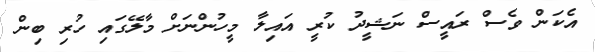
އެކަން ވެސް ރައީސް ނަޝީދު ކުރީ އައިލާ މީހުންނަށް މާލޭގައި ހުރި ބިން